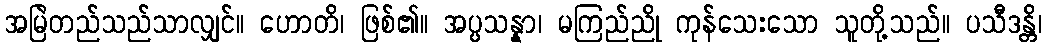
အမြဲတည်သည်သာလျှင်။ ဟောတိ၊ ဖြစ်၏။ အပ္ပသန္နာ၊ မကြည်ညို ကုန်သေးသော သူတို့သည်။ ပသီဒန္တိ၊